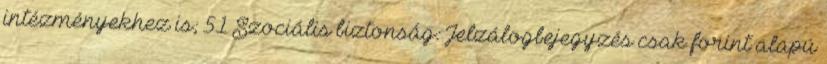
intézményekhez is; 51 Szociális biztonság: Jelzálogbejegyzés csak forint alapú